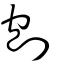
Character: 刨